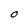
Character: O